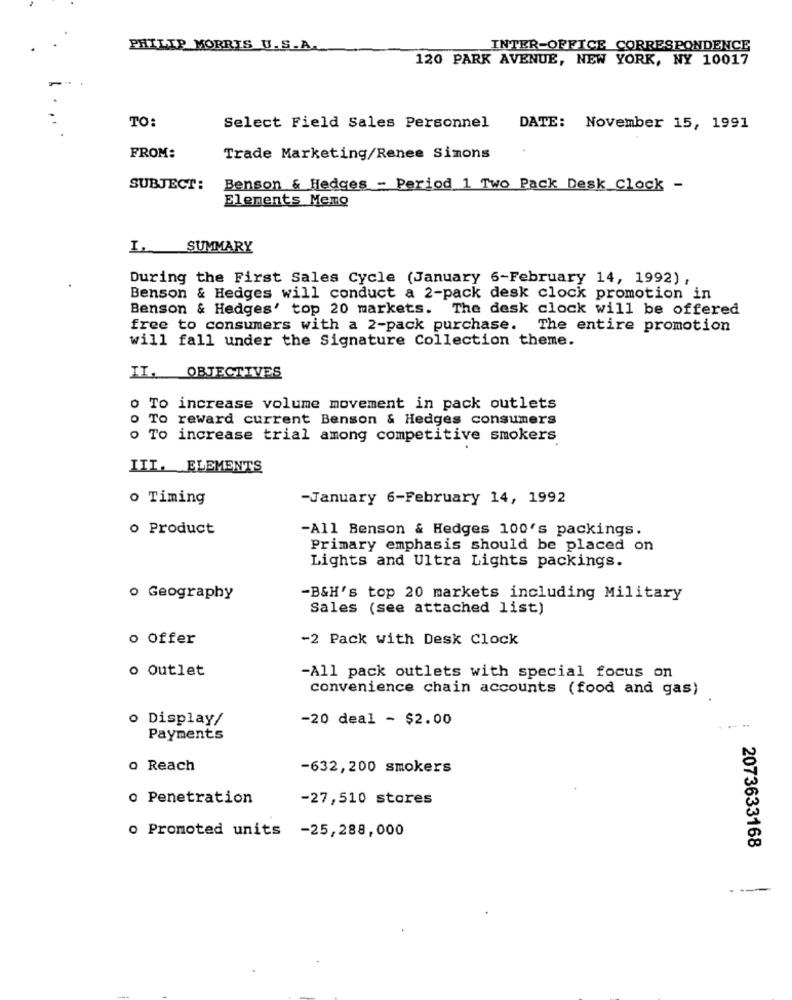
PHILIP MORRIS U.S.A.
INTER-OFFICE CORRESPONDENCE
120 PARK AVENUE, NEW YORK, NY 10017
TO:
Select Field Sales Personnel
DATE: November 15, 1991
FROM:
Trade Marketing/Renee Simons
SUBJECT:
Benson & Hedges - Period 1 Two Pack Desk Clock -
Elements Memo
I. SUMMARY
During the First Sales Cycle (January 6-February 14, 1992) ,
Benson & Hedges will conduct a 2-pack desk clock promotion in
Benson & Hedges' top 20 markets. The desk clock will be offered
free to consumers with a 2-pack purchase. The entire promotion
will fall under the Signature Collection theme.
II.
OBJECTIVES
o To increase volume movement in pack outlets
o To reward current Benson & Hedges consumers
o To increase trial among competitive smokers
III. ELEMENTS
o Timing
-January 6-February 14, 1992
o Product
-All Benson & Hedges 100's packings.
Primary emphasis should be placed on
Lights and Ultra Lights packings.
o Geography
-B&H's top 20 markets including Military
Sales (see attached list)
o Offer
-2 Pack with Desk Clock
o outlet
-All pack outlets with special focus on
convenience chain accounts (food and gas)
o Display/
-20 deal - $2.00
.. ..
Payments
o Reach
-632,200 smokers
o Penetration
-27,510 stores
o Promoted units -25,288,000
2073633168
---